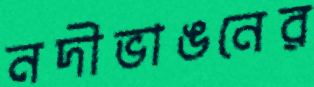
নদীভাঙনের